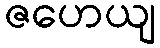
ဇဟေယျ